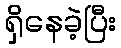
ရှိနေခဲ့ပြီး